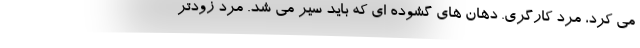
می کرد، مرد کارگری. دهان های گشوده ای که باید سیر می شد. مرد زودتر